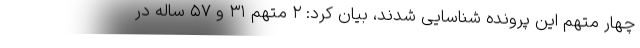
چهار متهم این پرونده شناسایی شدند، بیان کرد: ۲ متهم ۳۱ و ۵۷ ساله در